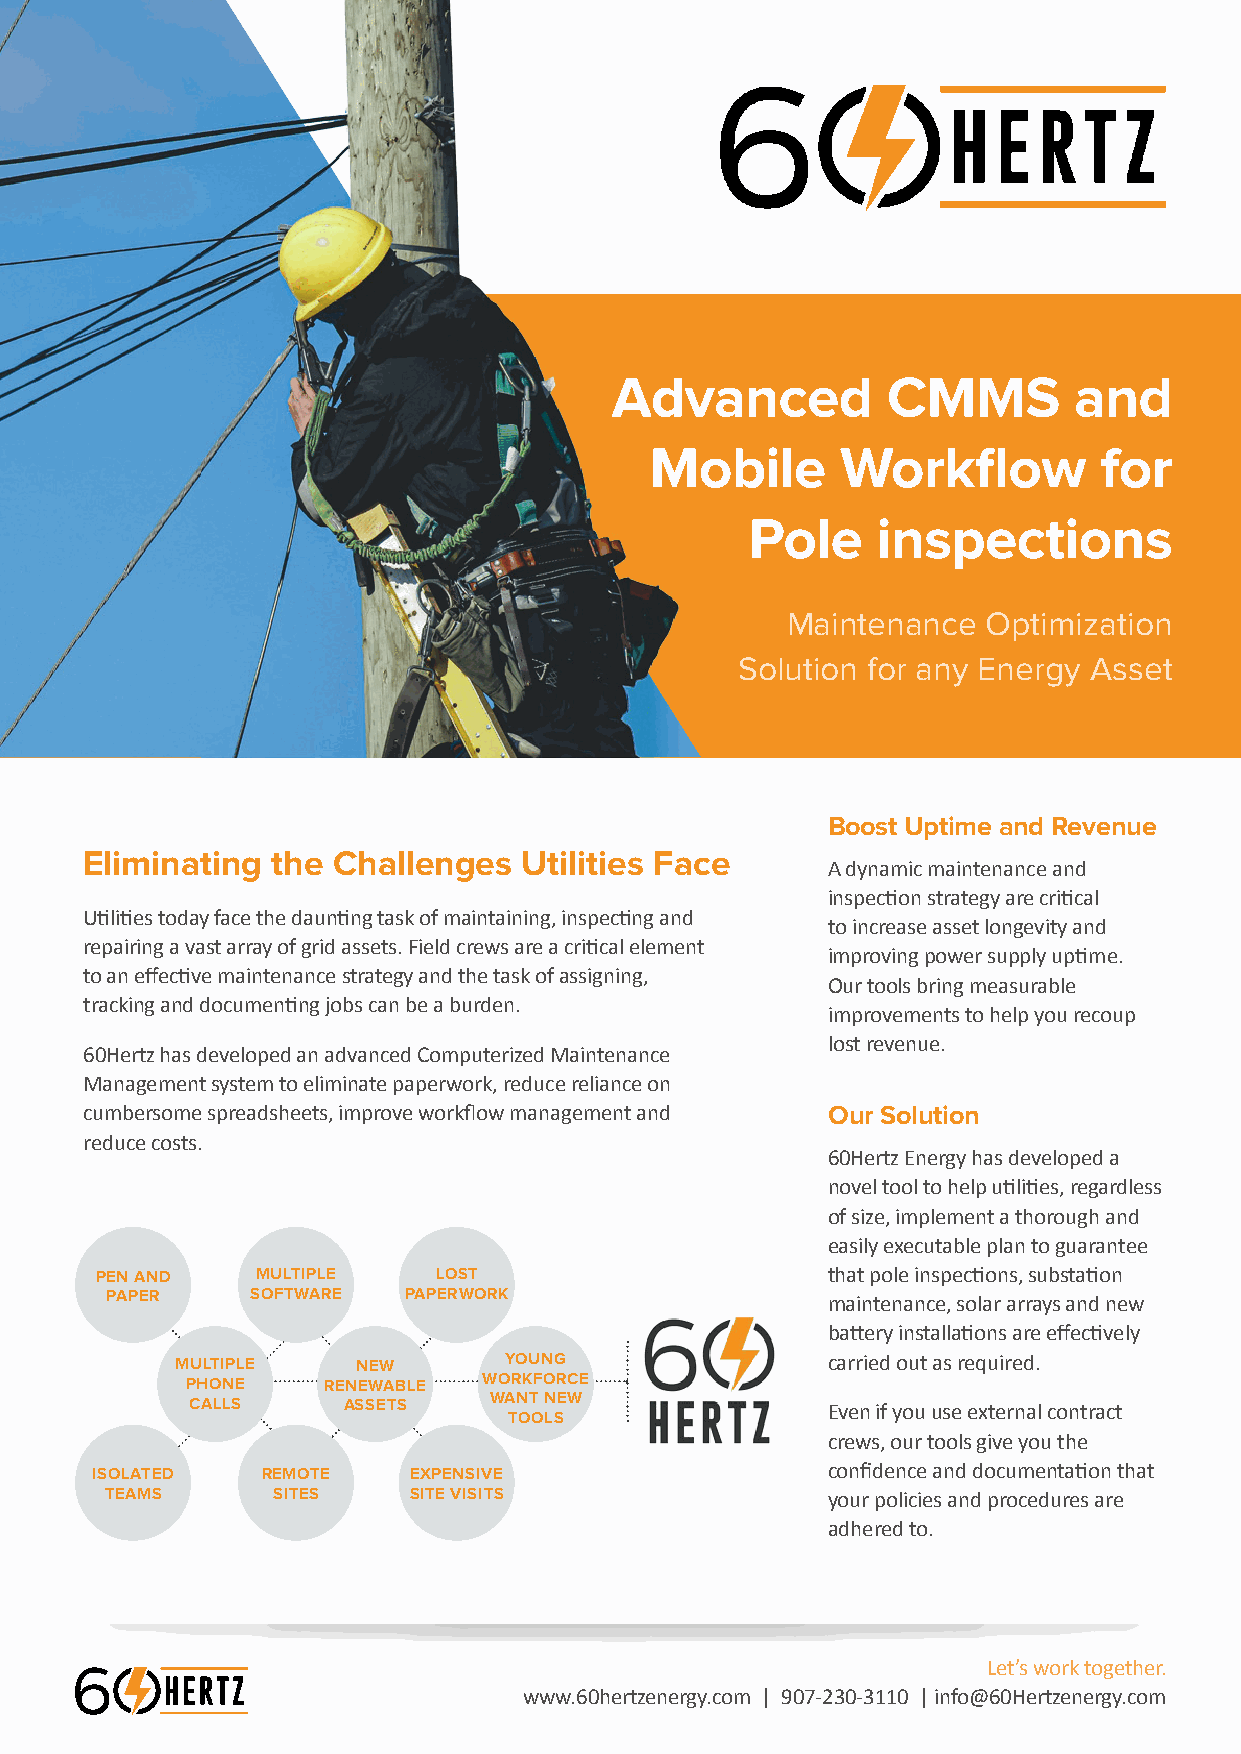
Advanced           CMMS        and
 Mobile       Workflow         for
 Pole    inspections
 Maintenance  Optimization
 Solution for any Energy Asset
 Boost Uptime and Revenue
 Eliminating the Challenges   Utilities Face
 A dynamic maintenance and
 inspection strategy are critical
 Utilities today face the daunting task of maintaining, inspecting and
 to increase asset longevity and
 repairing a vast array of grid assets. Field crews are a critical element
 improving power supply uptime.
 to an effective maintenance strategy and the task of assigning,
 Our tools bring measurable
 tracking and documenting jobs can be a burden.
 improvements to help you recoup
 lost revenue.
 60Hertz has developed an advanced Computerized Maintenance
 Management system to eliminate paperwork, reduce reliance on
 cumbersome spreadsheets, improve workflow management and Our Solution
 reduce costs.
 60Hertz Energy has developed a
 novel tool to help utilities, regardless
 of size, implement a thorough and
 easily executable plan to guarantee
 PEN AND    MULTIPLE    LOST                      that pole inspections, substation
 PAPER     SOFTWARE  PAPERWORK
 maintenance, solar arrays and new
 battery installations are effectively
 MULTIPLE    NEW      YOUNG                 carried out as required.
 PHONE    RENEWABLE  WORKFORCE
 CALLS     ASSETS   WANT NEW               Even if you use external contract
 TOOLS
 crews, our tools give you the
 ISOLATED   REMOTE    EXPENSIVE                   confidence and documentation that
 TEAMS      SITES    SITE VISITS                 your policies and procedures are
 adhered to.
 Let’s work together.
 www.60hertzenergy.com | 907-230-3110 | info@60Hertzenergy.com